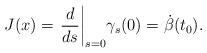
LaTeX: \begin{align*}J(x)={\left.\frac{d}{ds}\right|}_{s=0} \gamma_s(0)=\dot\beta(t_0).\end{align*}